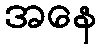
အနေ